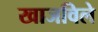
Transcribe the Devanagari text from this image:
खाजविले